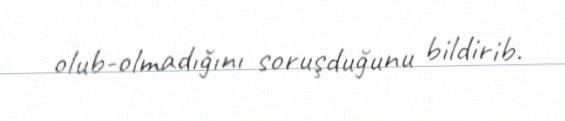
olub-olmadığını soruşduğunu bildirib.